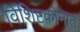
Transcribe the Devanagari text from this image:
विशिष्टकोनात